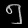
Digit: ၅